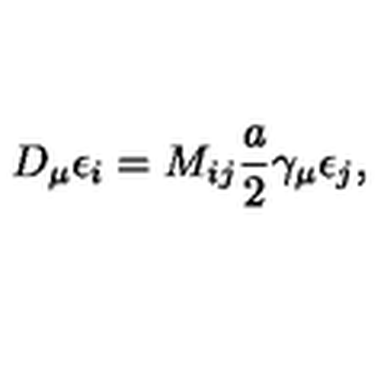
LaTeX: D _ { \mu } \epsilon _ { i } = M _ { i j } \frac { a } { 2 } \gamma _ { \mu } \epsilon _ { j } ,